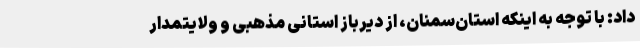
داد: با توجه به اینکه استان‌سمنان، از دیرباز استانی مذهبی و ولایتمدار